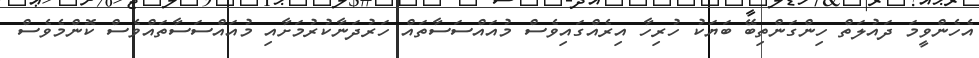
އެހެންވީމަ ދައުލަތް ހިންގަންތިބޭ ބަޔަކު ހުރިހާ އިރެއްގައިވެސް މުއައްސަސާތައް ހަރުދަނާކުރުމަށާއި މުއައްސަސާތައްވެސް ކޮންމެވެސް